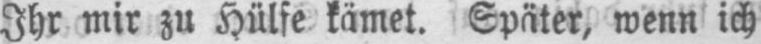
Ihr mir zu Hülfe kämet. Später, wenn ich